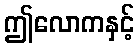
ဤလောကနှင့်